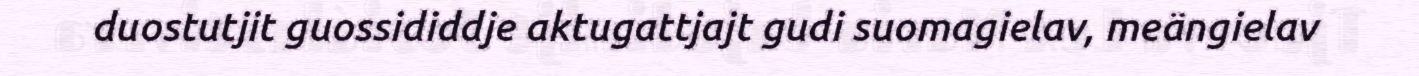
duostutjit guossididdje aktugattjajt gudi suomagielav, meängielav